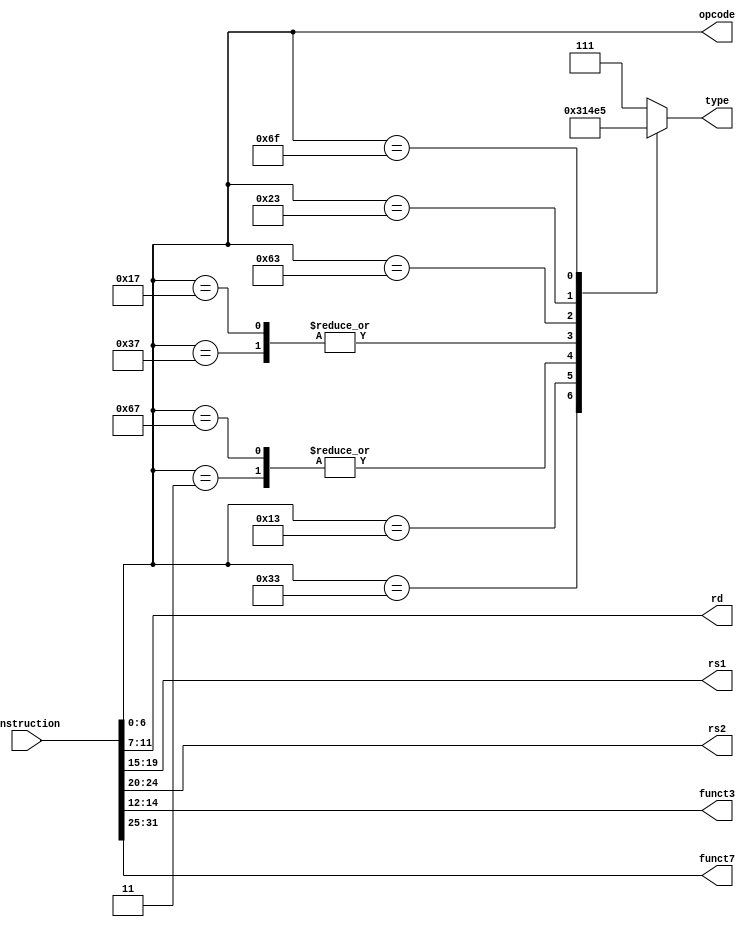
module Instruction_Decode (
  //input                   clk             , // Clock
  //input                   rst_n           , // Asynchronous reset active low
  input  [31:0]           instruction     , // Instruction from Instruction Memory
  output [6:0]            opcode          ,
  output [4:0]            rd              ,
  output [4:0]            rs1             ,
  output [4:0]            rs2             ,
  output [2:0]            funct3          ,
  output [6:0]            funct7          ,
  output [2:0]            type
);
wire [6:0] w_opcode;
reg [2:0] r_type;
  assign w_opcode = instruction[6:0]  ; //Opcode to Control Unit
  assign rd       = instruction[11:7] ; //Register Destination
  assign rs1      = instruction[19:15]; //Register Source 1
  assign rs2      = instruction[24:20]; //Register Source 2
  assign funct3   = instruction[14:12];
  assign funct7   = instruction[31:25];
always @(*)
begin
    case (w_opcode)
    7'b0110011: r_type = 3'b000; // R_type
	 7'b0010011: r_type = 3'b110; // I_type, ALU
	 7'b0000011: r_type = 3'b001; // I_type, LOAD
	 7'b1100111: r_type = 3'b001; // I_type, jalr
	 7'b0110111: r_type = 3'b010; // U_type
	 7'b0010111: r_type = 3'b010; // U_type
	 7'b1100011: r_type = 3'b011; // B_type 
	 7'b0100011: r_type = 3'b100; // S_type 
	 7'b1101111: r_type = 3'b101; // J_type
	 default     r_type = 3'b111;
	 endcase
end
assign opcode = w_opcode;
assign type = r_type;
endmodule